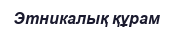
Этникалық құрам